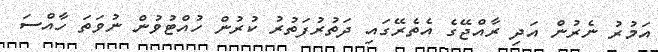
އަމުރު ނެރުން އަދި ރާއްޖޭގެ އެތެރޭގައި ދަތުރުފަތުރު ކުރުން ހުއްޓުވުން ނުވަތަ ހާއްސަ